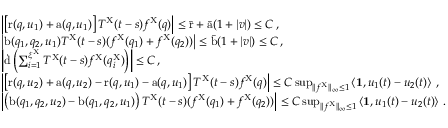
\begin{array} { r l } & { \left| \left[ \mathrm { r } ( q , u _ { 1 } ) + \mathrm { a } ( q , u _ { 1 } ) \right] T ^ { \mathrm { X } } ( t - s ) f ^ { \mathrm { X } } ( q ) \right| \leq \bar { \mathrm { r } } + \bar { \mathrm { a } } ( 1 + | v | ) \leq C \, , } \\ & { \left| \mathrm { b } ( q _ { 1 } , q _ { 2 } , u _ { 1 } ) T ^ { \mathrm { X } } ( t - s ) ( f ^ { \mathrm { X } } ( q _ { 1 } ) + f ^ { \mathrm { X } } ( q _ { 2 } ) ) \right| \leq \bar { \mathrm { b } } ( 1 + | v | ) \leq C \, , } \\ & { \left| \dot { \mathrm { d } } \left( \sum _ { i = 1 } ^ { \xi ^ { \mathrm { X } } } T ^ { \mathrm { X } } ( t - s ) f ^ { \mathrm { X } } ( q _ { i } ^ { \mathrm { X } } ) \right) \right| \leq C \, , } \\ & { \left| \left[ \mathrm { r } ( q , u _ { 2 } ) + \mathrm { a } ( q , u _ { 2 } ) - \mathrm { r } ( q , u _ { 1 } ) - \mathrm { a } ( q , u _ { 1 } ) \right] T ^ { \mathrm { X } } ( t - s ) f ^ { \mathrm { X } } ( q ) \right| \leq C \operatorname* { s u p } _ { \| f ^ { \mathrm { X } } \| _ { \infty } \leq 1 } \left\langle \mathbf { 1 } , u _ { 1 } ( t ) - u _ { 2 } ( t ) \right\rangle \, , } \\ & { \left| \left( \mathrm { b } ( q _ { 1 } , q _ { 2 } , u _ { 2 } ) - \mathrm { b } ( q _ { 1 } , q _ { 2 } , u _ { 1 } ) \right) T ^ { \mathrm { X } } ( t - s ) ( f ^ { \mathrm { X } } ( q _ { 1 } ) + f ^ { \mathrm { X } } ( q _ { 2 } ) ) \right| \leq C \operatorname* { s u p } _ { \| f ^ { \mathrm { X } } \| _ { \infty } \leq 1 } \left\langle \mathbf { 1 } , u _ { 1 } ( t ) - u _ { 2 } ( t ) \right\rangle \, . } \end{array}